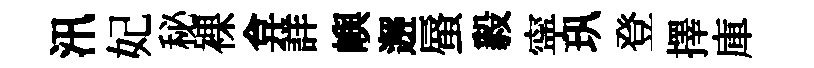
汛妃秘裸弇詳嶼邂蜃毅寜㺬登擇庫